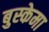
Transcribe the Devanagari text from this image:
बुस्केमा